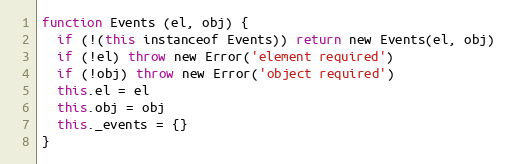
Language: JavaScript
function Events (el, obj) {
  if (!(this instanceof Events)) return new Events(el, obj)
  if (!el) throw new Error('element required')
  if (!obj) throw new Error('object required')
  this.el = el
  this.obj = obj
  this._events = {}
}